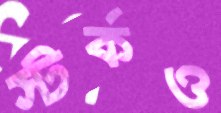
স্টর্কও